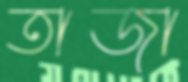
তাজা